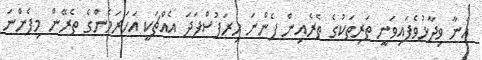
އެނާ ވިދާޅުވެފައިވަނީ ތަރިތަކުގެ ތެރެއިން ފެންނަ ހިރަފުސްފަދަ އެއްޗަކީ އަހަރަމެންގެ ތެރޭން މިފެންނަ